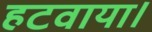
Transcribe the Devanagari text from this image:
हटवाया।